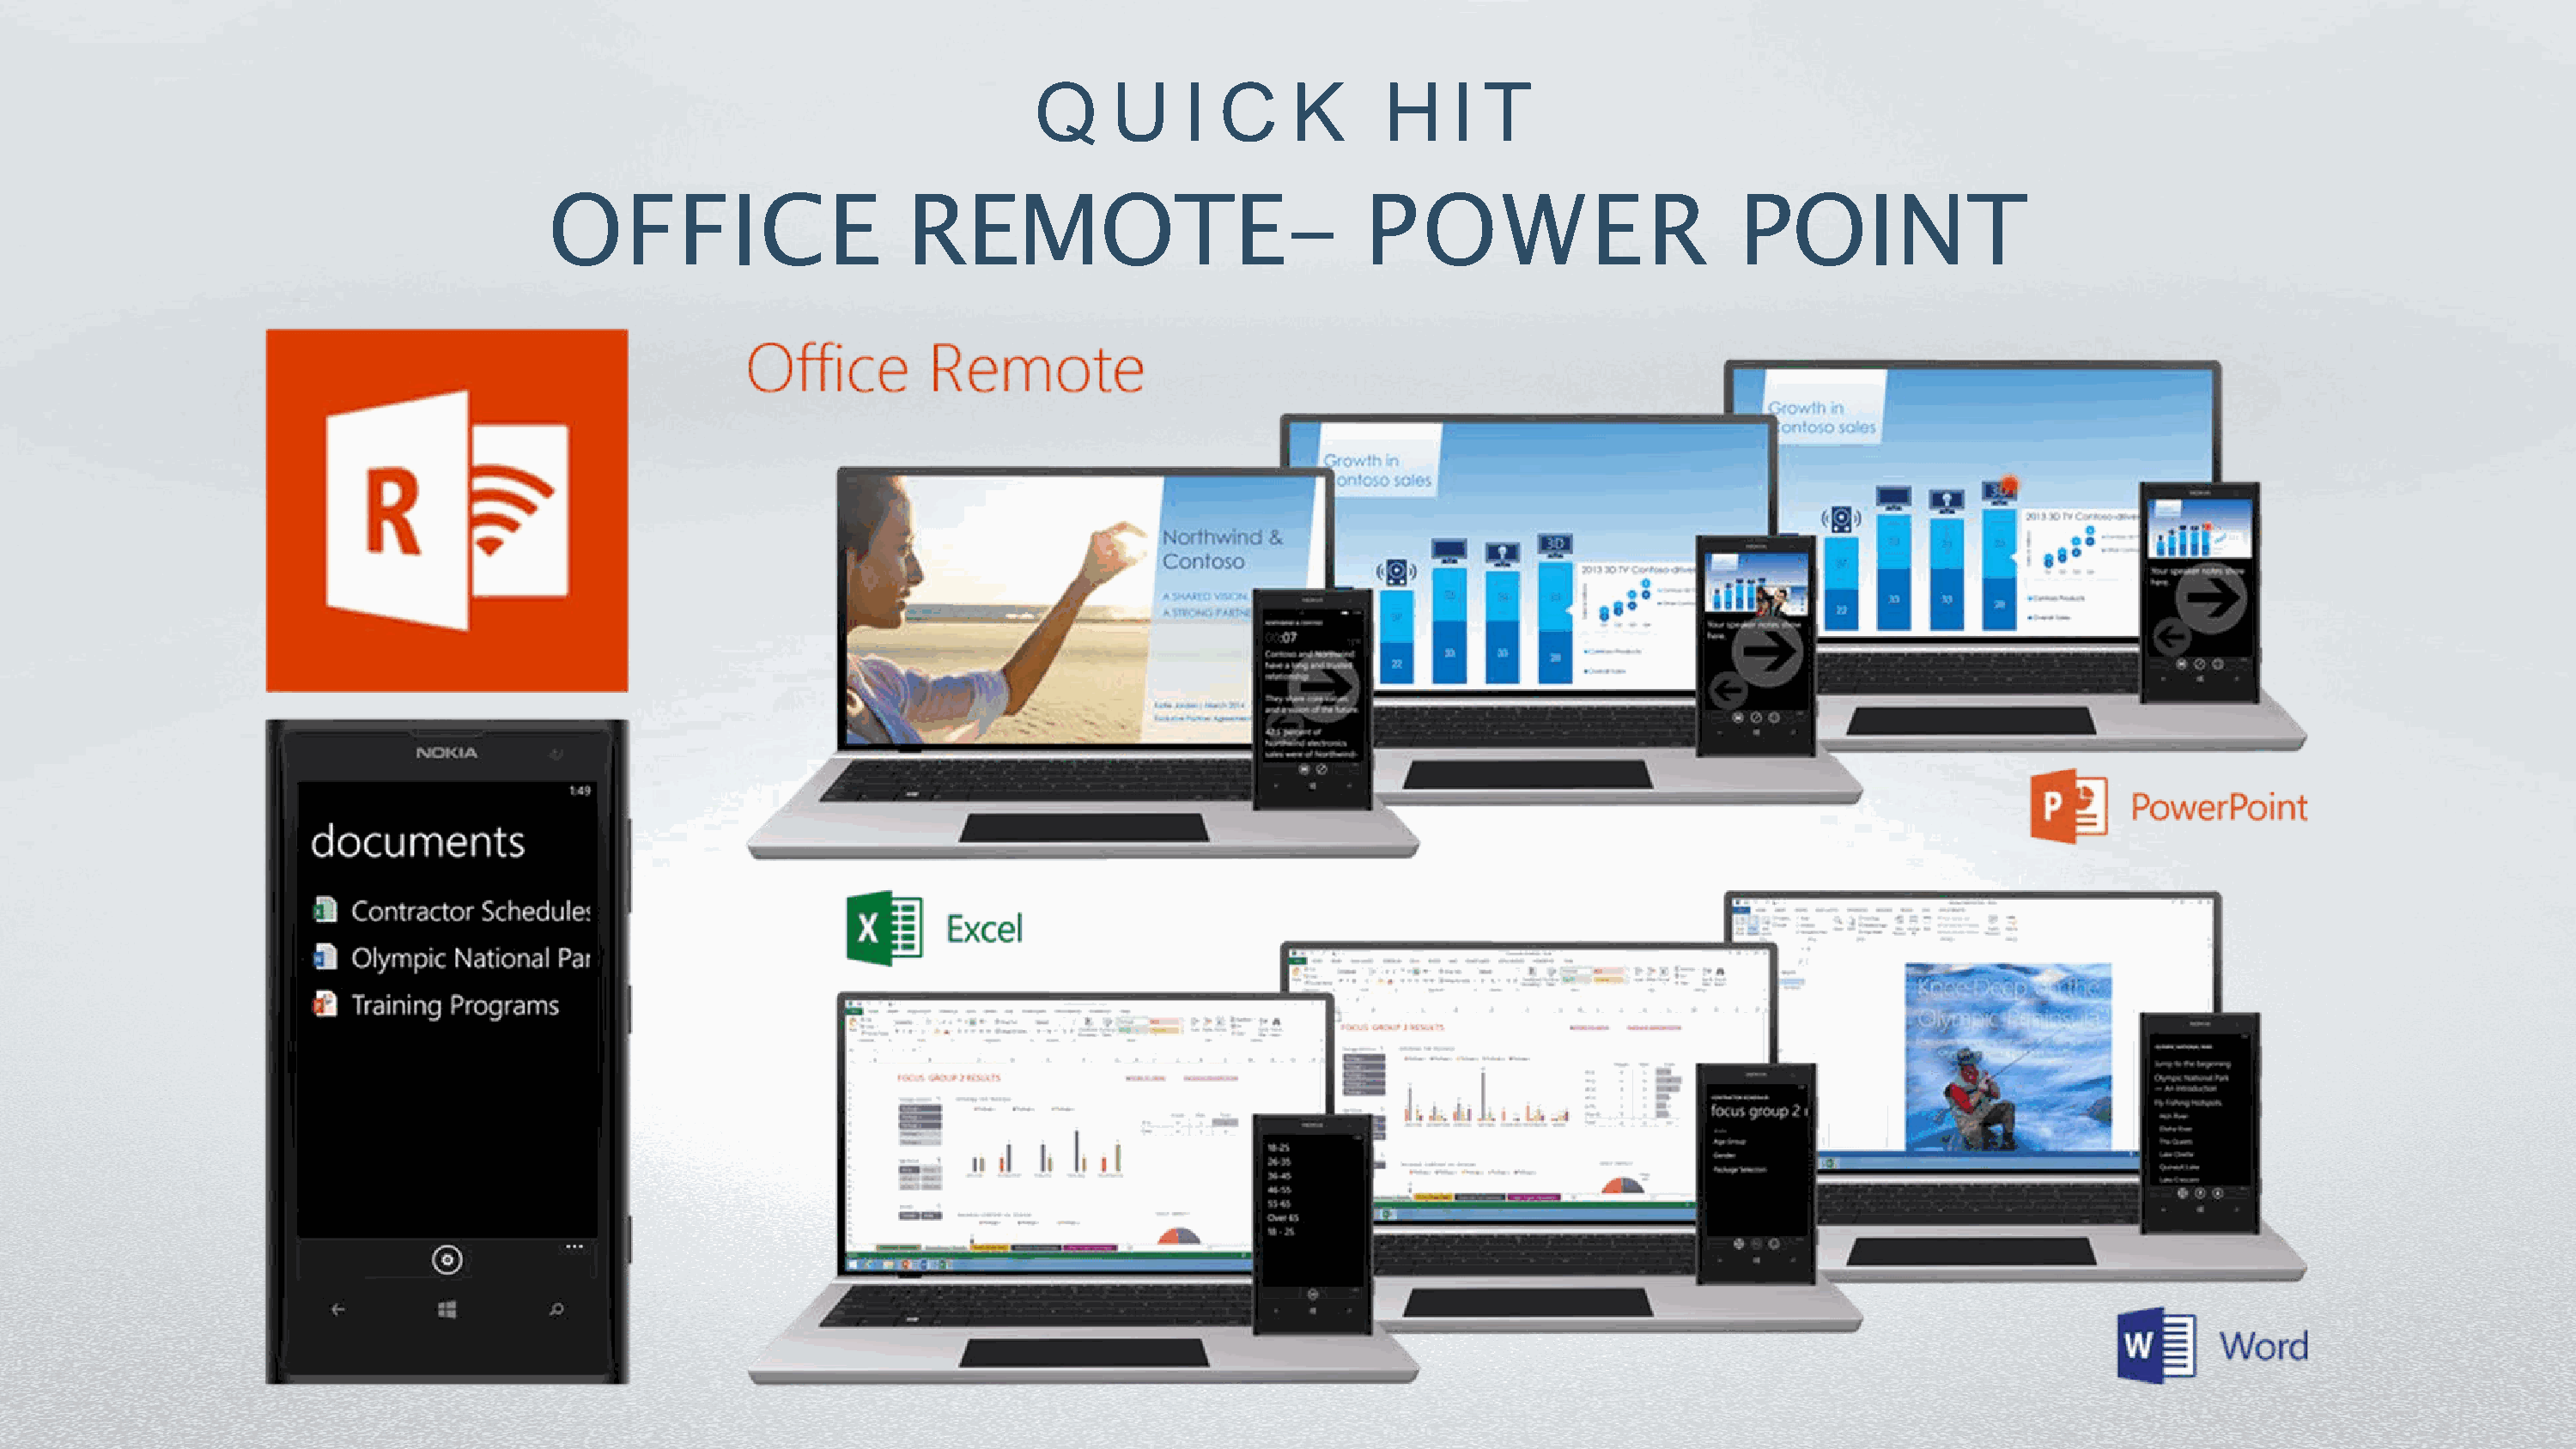
Q     U    I  C     K      H    I T
 OFFICE                      REMOTE-                            POWER                        POINT